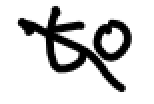
Text: to
Cross-out: diagonal
Writing tool: digital_black